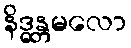
နိဒ္ဓန္တမလော